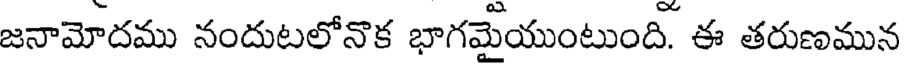
జనామోదము నందుటలోనొక భాగమేయుంటుంది. ఈ తరుణమున